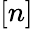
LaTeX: [n]